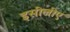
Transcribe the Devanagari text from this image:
इसीलीए